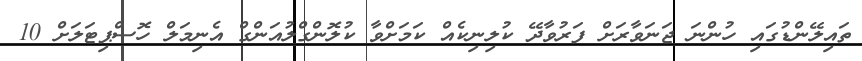
ތައިލޭންޑުގައި ހުންނަ ޖަނަވާރަށް ފަރުވާދޭ ކުލިނިކެއް ކަމަށްވާ ކުލޮންގްލުއަންގް އެނިމަލް ހޮސްޕިޓަލަށް 10